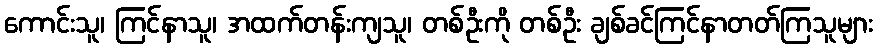
ကောင်းသူ၊ ကြင်နာသူ၊ အထက်တန်းကျသူ၊ တစ်ဦးကို တစ်ဦး ချစ်ခင်ကြင်နာတတ်ကြသူများ